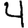
Digit: 4